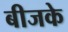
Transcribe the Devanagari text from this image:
बीजके